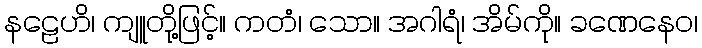
နဠေဟိ၊ ကျူတို့ဖြင့်။ ကတံ၊ သော။ အဂါရံ၊ အိမ်ကို။ ခဏေနေဝ၊